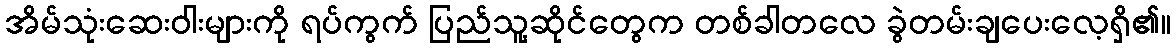
အိမ်သုံးဆေးဝါးများကို ရပ်ကွက် ပြည်သူ့ဆိုင်တွေက တစ်ခါတလေ ခွဲတမ်းချပေးလေ့ရှိ၏။